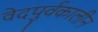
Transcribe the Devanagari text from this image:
वेदपुर्वकालीन